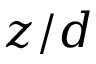
z / d